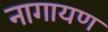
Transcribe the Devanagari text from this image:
नागायण